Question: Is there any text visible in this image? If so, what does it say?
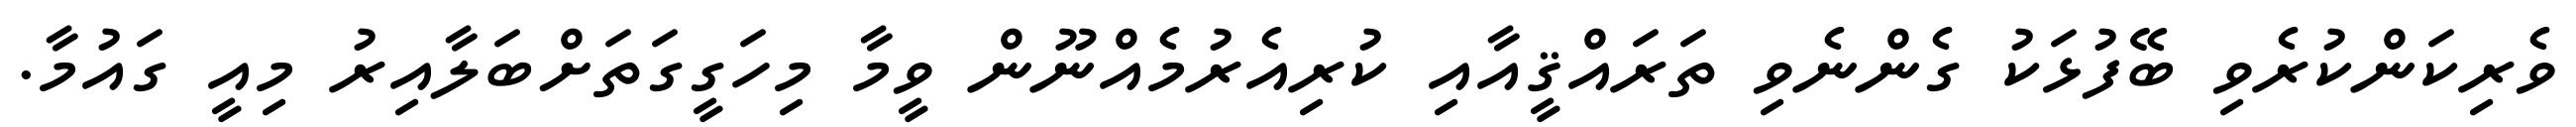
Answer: ވެރިކަންކުރެވި ބޭފުޅަކު ގެންނެވި ތަރައްޤީއާއި ކުރިއެރުމެއްނޫން ވީމާ މިހަގީގަތަށްބަލާއިރު މިއީ ގައުމާ.